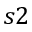
s 2